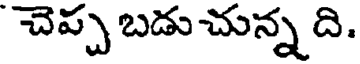
చెప్ప బడు చున్న ది.